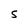
Character: S